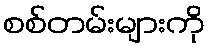
စစ်တမ်းများကို